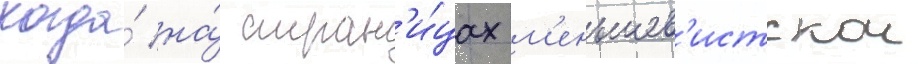
когда́ на́ стран'и́цах м'еньшев'истскои